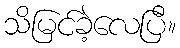
သိမြင်ခဲ့လေပြီ။